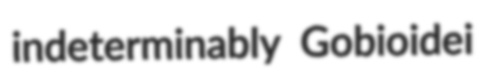
indeterminably Gobioidei